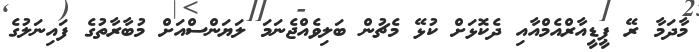
މާދަމާ ރޭ ޕީޑީއާރްއެމްއާއި ދެކޮޅަށް ކުޅޭ މެޗުން ބަލިވެއްޖެނަމަ ލަޔަންސްއަށް މުބާރާތުގެ ފައިނަލުގެ